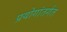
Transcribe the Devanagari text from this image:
प्रयोगांतर्गत